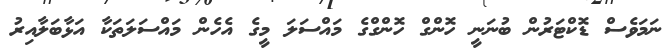
ނަމަވެސް ޑޮކްޓަރުން ބުނަނީ ހޮންގް ހޮންގްގެ މައްސަލަ މީގެ އެހެން މައްސަލަތަކާ އަޅާބަލާއިރު